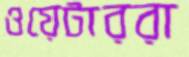
ওয়েটাররা